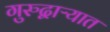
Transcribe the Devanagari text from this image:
गुरुद्वाऱ्यात